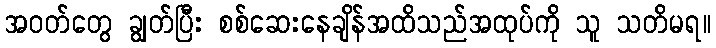
အဝတ်တွေ ချွတ်ပြီး စစ်ဆေးနေချိန်အထိသည်အထုပ်ကို သူ သတိမရ။